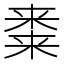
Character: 𭫝